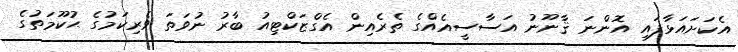
އެކަށައަޅާފައި އޮންނަ ޤާނޫނު އަސާސީއެއްގެ ތެރެއިން އެގްޒަކްޓިއު ބާރު ނުވަތަ ވެރިކަމުގެ ޙުކޫމަތުގެ